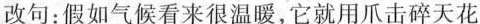
改句：假如气候看来很温暖，它就用爪击碎天花